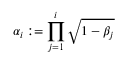
\alpha _ { i } : = \prod _ { j = 1 } ^ { i } \sqrt { 1 - \beta _ { j } }